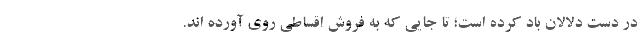
در دست دلالان باد کرده است؛ تا جایی که به فروش اقساطی روی آورده اند.